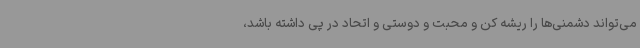
می‌تواند دشمنی‌ها را ریشه کن و محبت و دوستی و اتحاد در پی داشته باشد،